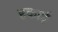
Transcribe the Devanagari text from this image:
हकाई